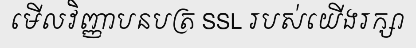
មើលវិញ្ញាបនបត្រ SSL របស់យើងរក្សា